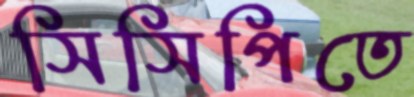
সিসিপিতে